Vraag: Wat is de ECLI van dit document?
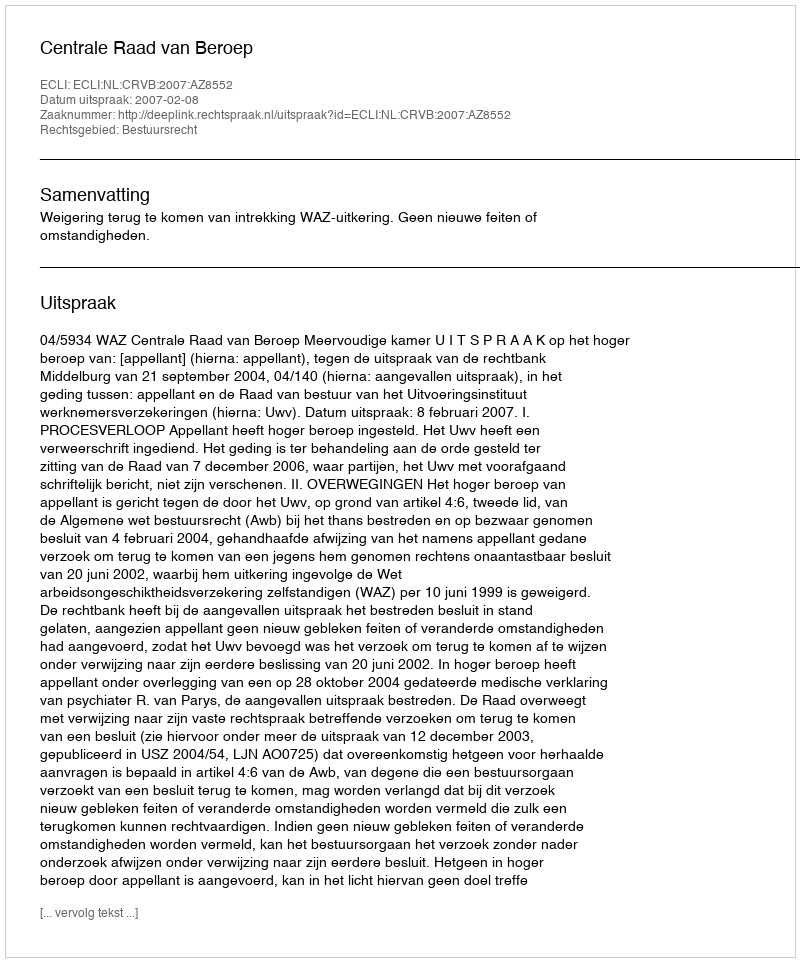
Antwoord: ECLI:NL:CRVB:2007:AZ8552